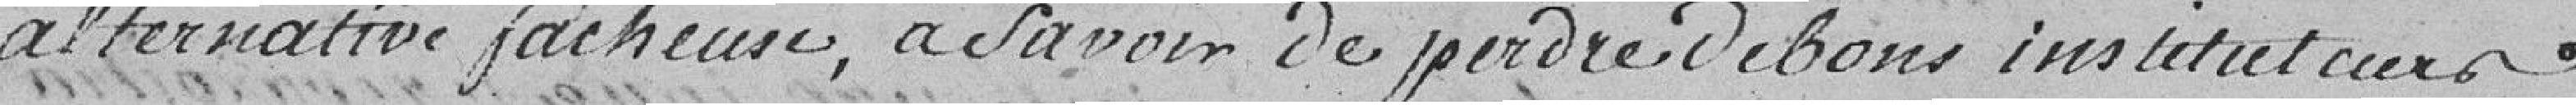
alternative fâcheuse, à savoir de perdre de bons instituteurs